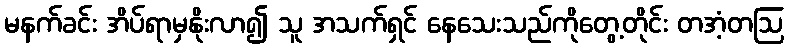
မနက်ခင်း အိပ်ရာမှနိုးလာ၍ သူ အသက်ရှင် နေသေးသည်ကိုတွေ့တိုင်း တအံ့တဩ